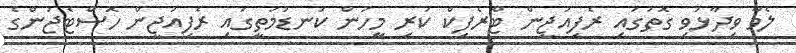
ލެވާ ވިދާޅުވި ގޮތުގައި ރެފިއުޖީން ޓްރެފިކް ކުރި މީހުން ކަނޑުމަތީގައި ރެފިއުޖީން ހޮސްޓެޖުންގެ